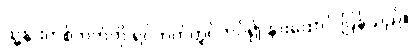
သူ့နားတစ်ဘက်ကို ရင်ဘတ်တွင်ကပ်၍ နားထောင် ပြန်သည်။